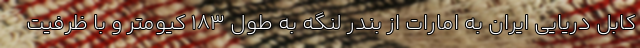
کابل دریایی ایران به امارات از بندر لنگه به طول 183 کیومتر و با ظرفیت